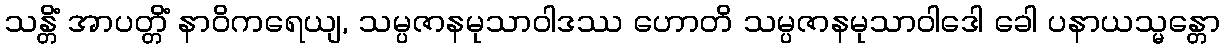
သန္တိံ အာပတ္တိံ နာဝိကရေယျ, သမ္ပဇာနမုသာဝါဒဿ ဟောတိ သမ္ပဇာနမုသာဝါဒေါ ခေါ ပနာယသ္မန္တော